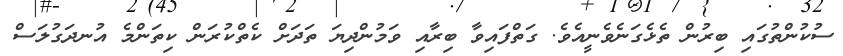
ސުކުންތުގައި ބިރުން ތެޅެގަނެވެނީއެވެ. ގަތްފައިވާ ބިރާއި ވަމުންދިޔަ ތަދަށް ކެތްކުރަން ކިތަންމެ އުނދަގުލަސް